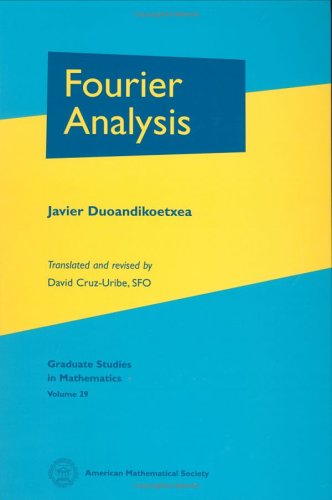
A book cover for Fourier Analysis (Graduate Studies in Mathematics); Javier Duoandikoetxea; Science & Math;